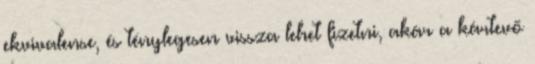
ekvivalense, és ténylegesen vissza lehet fizetni, akár a kártevő